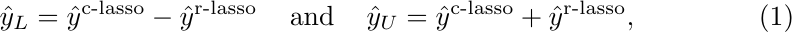
\begin{equation} \label{eq:ris15}
\hat{y}_L= \hat{y}^{\text{c-lasso}} - \hat{y}^{\text{r-lasso}} \;\;\; \text{ and } \;\;\; \hat{y}_U= \hat{y}^{\text{c-lasso}} + \hat{y}^{\text{r-lasso}} ,
\end{equation}